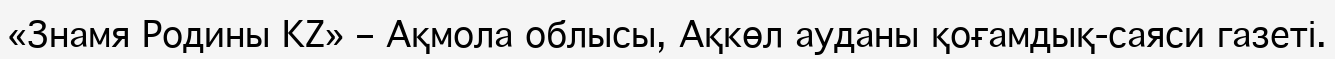
«Знамя Родины KZ» – Ақмола облысы, Ақкөл ауданы қоғамдық-саяси газеті.